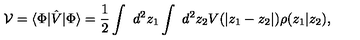
{ \cal V } = \langle \Phi | \hat { V } | \Phi \rangle = \frac { 1 } { 2 } \int { \ d ^ { 2 } z _ { 1 } } \int { \ d ^ { 2 } z _ { 2 } } V ( | z _ { 1 } - z _ { 2 } | ) \rho ( z _ { 1 } | z _ { 2 } ) ,